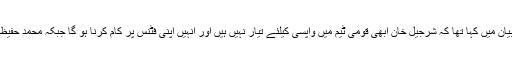
قومی ٹیم کے باﺅلنگ کوچ وقار یونس نے اپنے بیان میں کہا تھا کہ شرجیل خان ابھی قومی ٹیم میں واپسی کیلئے تیار نہیں ہیں اور انہیں اپنی فٹنس پر کام کرنا ہو گا جبکہ محمد حفیظ بھی دبے الفاظ میں ان کی مخالفت کر چکے ہیں۔